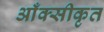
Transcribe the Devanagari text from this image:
आँक्सीकृत